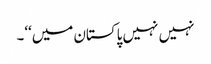
نہیں نہیں پاکستان میں‘‘۔